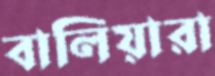
বালিয়ারা